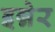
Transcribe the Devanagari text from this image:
इन्नेर